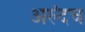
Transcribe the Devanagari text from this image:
अरुंदच